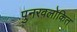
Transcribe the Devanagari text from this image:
पुनरवलोकित